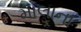
માલાના